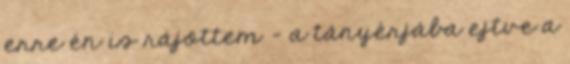
erre én is rájöttem – a tányérjába ejtve a